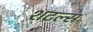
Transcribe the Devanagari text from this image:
शटल्स